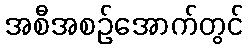
အစီအစဉ်အောက်တွင်